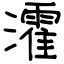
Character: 瀖